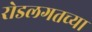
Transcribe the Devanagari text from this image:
रोडलगतच्या